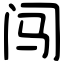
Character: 闯